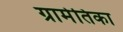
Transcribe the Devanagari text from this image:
ग्रामेतिका